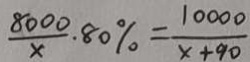
\frac { 8 0 0 0 } { x } \cdot 8 0 \% = \frac { 1 0 0 0 0 } { x + 9 0 }